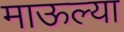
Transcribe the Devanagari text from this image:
माऊल्या